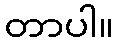
တာပါ။